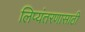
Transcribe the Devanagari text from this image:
लिप्यंतरणासाठी